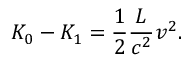
K _ { 0 } - K _ { 1 } = { \frac { 1 } { 2 } } \frac { L } { c ^ { 2 } } v ^ { 2 } .